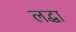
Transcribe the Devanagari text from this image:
लद्धा